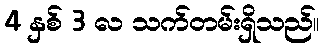
4 နှစ် 3 လ သက်တမ်းရှိသည်။